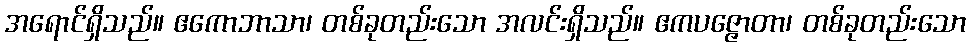
အရောင်ရှိသည်။ ဧကောဘာသာ၊ တစ်ခုတည်းသော အလင်းရှိသည်။ ဧကပဇ္ဇောတာ၊ တစ်ခုတည်းသော